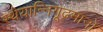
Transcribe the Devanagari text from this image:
स्थेयान्निगूढमानो